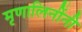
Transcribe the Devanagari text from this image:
मृणालिनींनी